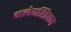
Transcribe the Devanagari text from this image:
मलेयशियन